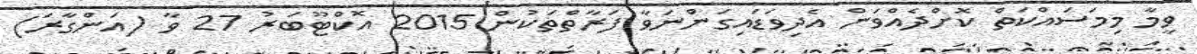
ވީމާ މިމަސައްކަތް ކޮށްދެއްވަން އެދިވަޑައިގަންނަވާ ފަރާތްތަކުން 2015 އޮކްޓޫބަރު 27 ވާ (އަންގާރަ)